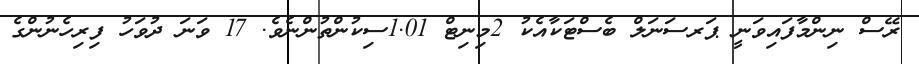
ރޭސް ނިންމާފައިވަނީ ޕަރސަނަލް ބެސްޓަކާއެކު 2މިނިޓް 1.01ސިކުންތުންނެވެ. 17 ވަނަ ދުވަހު ފިރިހެނުންގެ